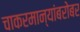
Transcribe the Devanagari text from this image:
चाकरमान्यांबरोबर